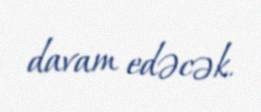
davam edəcək.